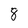
Character: 8